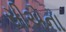
સીએના